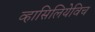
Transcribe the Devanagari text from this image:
व्हासिलियेविच